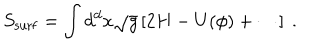
LaTeX: S _ { \mathrm { s u r f } } = \int d ^ { d } x \sqrt { g } \left[ 2 H - U ( \phi ) + \cdots \right] ~ .